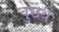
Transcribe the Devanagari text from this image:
वुछथ